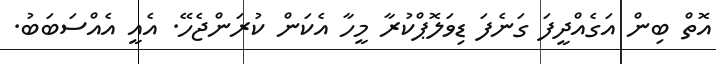
އޮތް ބިން އަގެއްދީފަ ގަނެފަ ޑިވަލޮޕްކުރާ މީހާ އެކަން ކުރަންޖެހޭ. އެއީ އެއްސަބަބު.